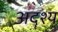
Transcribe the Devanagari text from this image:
अदॄश्य